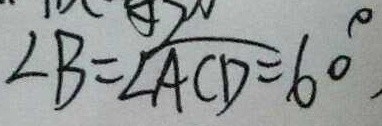
\angle B = \angle A C D = 6 0 ^ { \circ }